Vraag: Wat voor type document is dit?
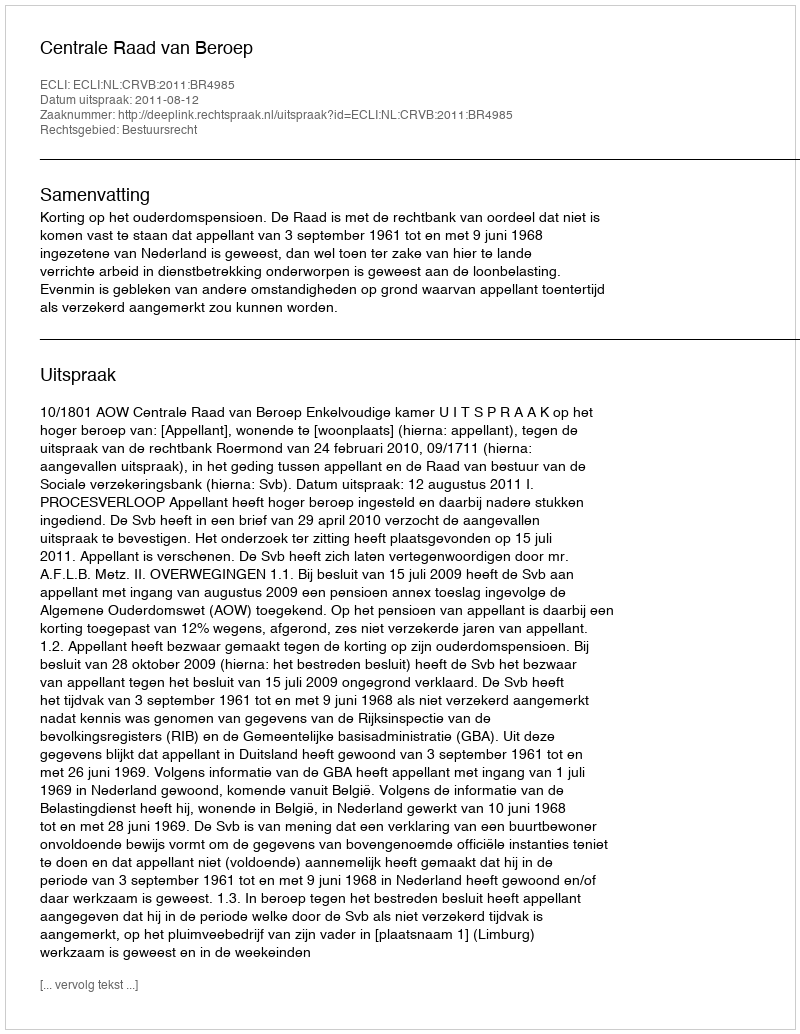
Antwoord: Uitspraak